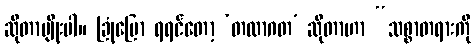
ဆိုတာမျိုးပါ။ ခြုံပြော ရရင်တော့ ‘တထာဂတ’ ဆိုတာဟာ “သစ္စာတရားကို